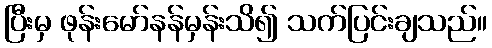
ပြီးမှ ဖုန်းမော်နန်မှန်းသိ၍ သက်ပြင်းချသည်။